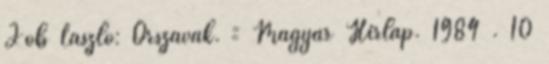
Jób László: Őrszavak. = Magyar Hírlap. 1984 . 10